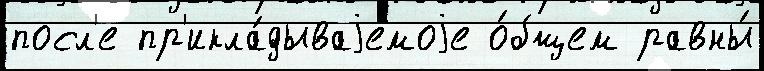
посл'е пр'икла́дываjемоjе о́бщем равны́